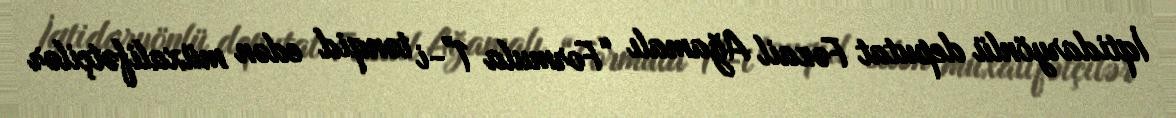
İqtidaryönlü deputat Fəzail Ağamalı “Formula 1”-i tənqid edən müxalifətçilər